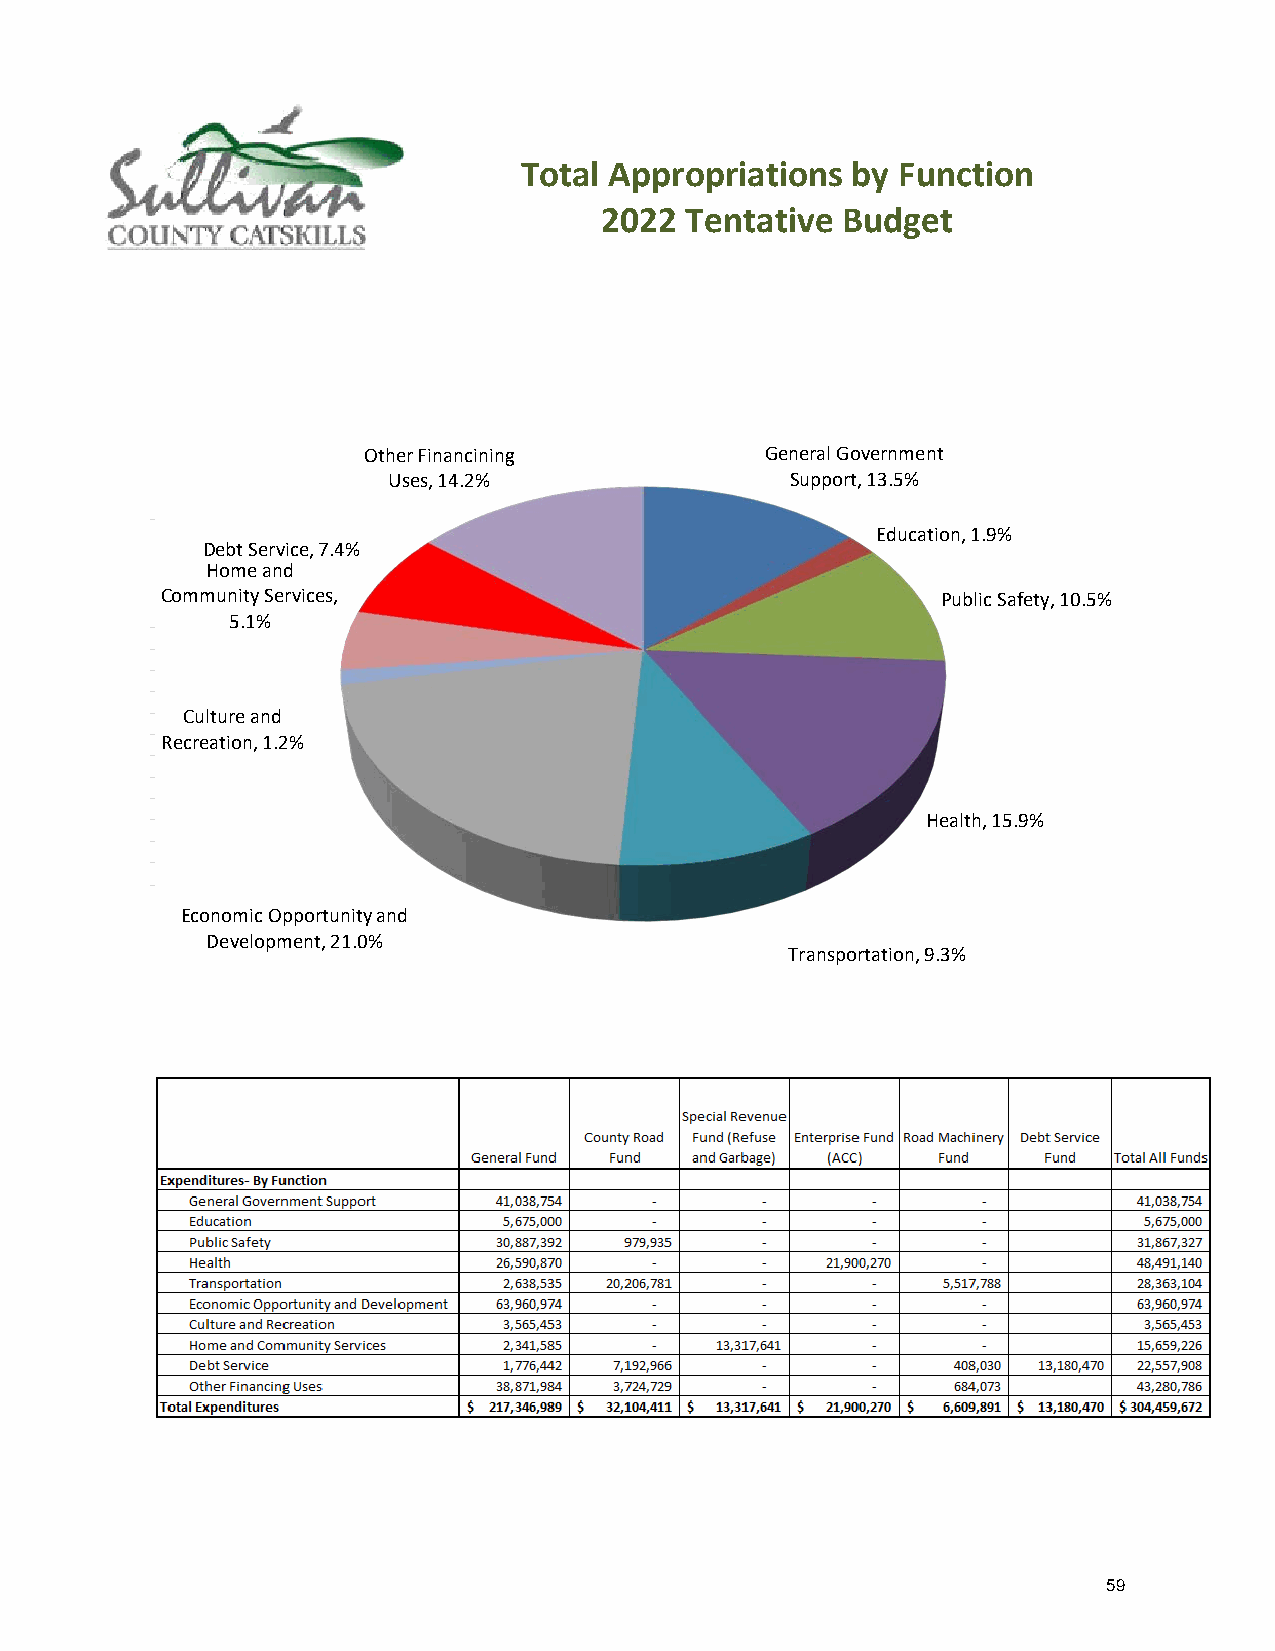
Total Appropriations  by Function
 2022 Tentative  Budget
 Other Financining          General Government
 Uses, 14.2%               Support, 13.5%
 Education, 1.9%
 Debt Service, 7.4%
 Home and
 Community Services,                                Public Safety, 10.5%
 5.1%
 Culture and
 Recreation, 1.2%
 Health, 15.9%
 Economic Opportunity and
 Development, 21.0%
 Transportation, 9.3%
 59